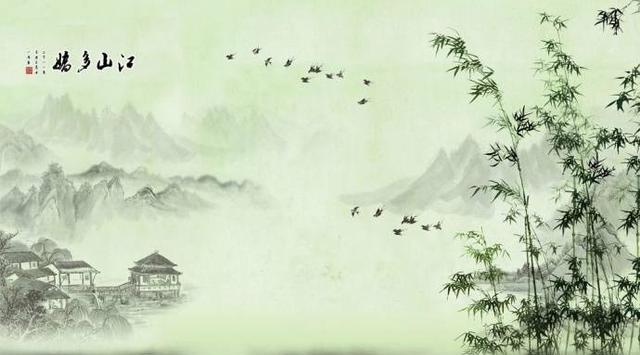
闲云潭影日悠悠，物换星移几度秋。